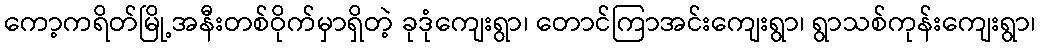
ကော့ကရိတ်မြို့အနီးတစ်ဝိုက်မှာရှိတဲ့ ခုဒုံကျေးရွာ၊ တောင်ကြာအင်းကျေးရွာ၊ ရွာသစ်ကုန်းကျေးရွာ၊